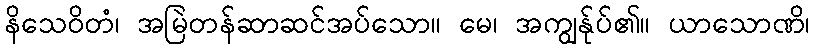
နိသေဝိတံ၊ အမြဲတန်ဆာဆင်အပ်သော။ မေ၊ အကျွန်ုပ်၏။ ယာသောဏိ၊